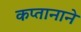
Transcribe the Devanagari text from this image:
कप्‍तानाने